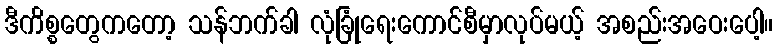
ဒီကိစ္စတွေကတော့ သန်ဘက်ခါ လုံခြုံရေးကောင်စီမှာလုပ်မယ့် အစည်းအဝေးပေါ့။